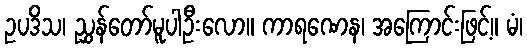
ဥပဒိသ၊ ညွှန်တော်မူပါဦးလော။ ကာရဏေန၊ အကြောင်းဖြင့်။ မံ၊